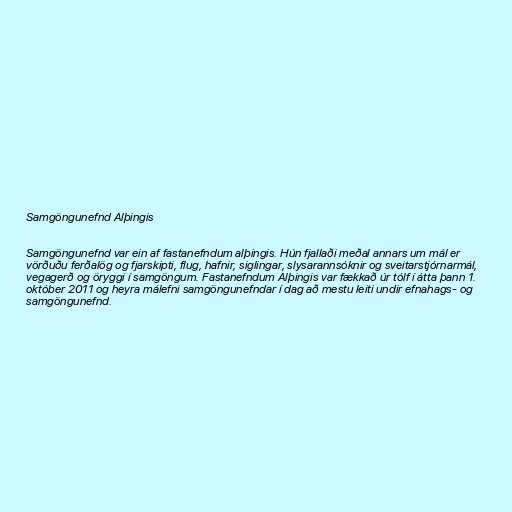
Samgöngunefnd Alþingis

Samgöngunefnd var ein af fastanefndum alþingis. Hún fjallaði meðal annars um mál er
vörðuðu ferðalög og fjarskipti, flug, hafnir, siglingar, slysarannsóknir og sveitarstjórnarmál,
vegagerð og öryggi í samgöngum. Fastanefndum Alþingis var fækkað úr tólf í átta þann 1.
október 2011 og heyra málefni samgöngunefndar í dag að mestu leiti undir efnahags- og
samgöngunefnd.